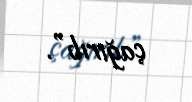
çağırıb”.